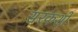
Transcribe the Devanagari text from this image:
सरकशों